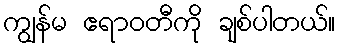
ကျွန်မ ဧရာဝတီကို ချစ်ပါတယ်။